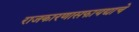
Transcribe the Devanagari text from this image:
राजकारणासफायद्याचे